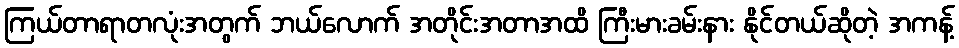
ကြယ်တာရာတလုံးအတွက် ဘယ်လောက် အတိုင်းအတာအထိ ကြီးမားခမ်းနား နိုင်တယ်ဆိုတဲ့ အကန့်